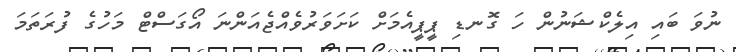
ނުވަ ބައި އިލެކްޝަނުން ހަ ގޮނޑި ޕީޕީއެމަށް ކަށަވަރުވެއްޖެއަންނަ އޯގަސްޓް މަހުގެ ފުރަތަމަ